Indian journal of veterinary science and animal husbandry - Volumes 26-27, 1956-1957
Year: 1956
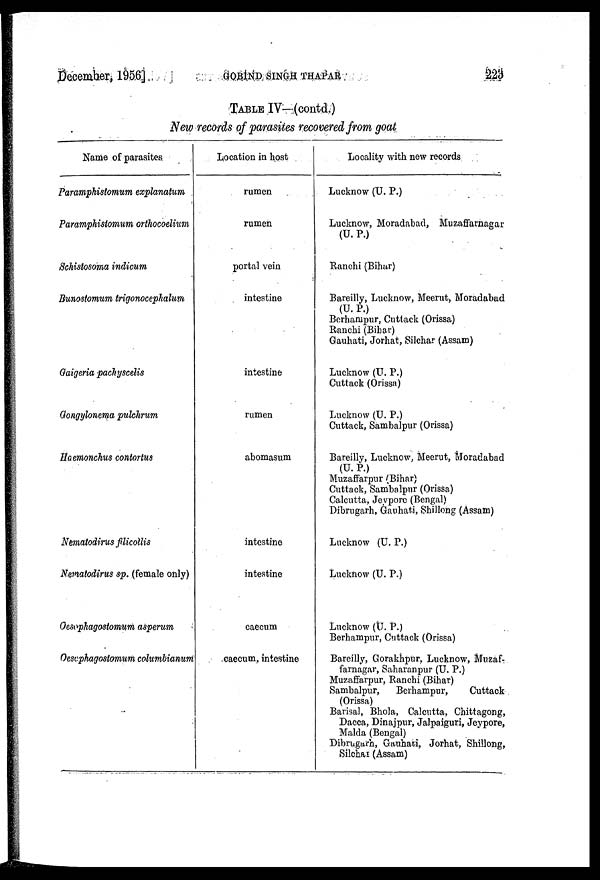
December, 1956]
GOBIND
SINGH
THAPAR
223
TABLE IV—(contd.)
New records of parasites recovered from goat
Name of parasites
Paramphistomum explanatum
Paramphistomum orthocoelium
Schistosoma indicum
Bunostomum trigonocephalum
Gaigeria pachyscelis
Gongylonema pulchrum
Haemonchus contortus
Nematodirus filicollis
Nematodirus sp. (female only)
Oesophagostomum asperum
Oesophagostomum columbianum
Location in host
rumen
rumen
portal vein
intestine
intestine
rumen
abomasum
intestine
intestine
caecum
caecum, intestine
Locality with new records
Lucknow (U. P.)
Lucknow, Moradabad, Muzaffarnagar
(U. P.)
Ranchi (Bihar)
Bareilly, Lucknow, Meerut, Moradabad
(U. P.)
Berhampur. Cuttack (Orissa)
Ranchi (Bihar)
Gauhati, Jorhat, Silchar (Assam)
Lucknow (U. P.)
Cuttack (Orissa)
Lucknow (U. P.)
Cuttack, Sambalpur (Orissa)
Bareilly, Lucknow, Meerut, Moradabad
(U. P.)
Muzaffarpur (Bihar)
Cuttack, Sambalpur (Orissa)
Calcutta, Jeypore (Bengal)
Dibrugarh, Gauhati, Shillong (Assam)
Lucknow (U. P.)
Lucknow (U. P.)
Lucknow (U. P.)
Berhampur, Cuttack (Orissa)
Bareilly, Gorakhpur, Lucknow, Muzaf-
farnagar, Saharanpur (U. P.)
Muzaffarpur, Ranchi (Bihar)
Sambalpur,
Berhampur,
Cuttack
(Orissa)
Barisal, Bhola, Calcutta, Chittagong,
Dacca, Dinajpur, Jalpaiguri, Jeypore,
Malda (Bengal)
Dibrugarh, Gauhati, Jorhat, Shillong,
Silchar (Assam)